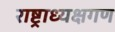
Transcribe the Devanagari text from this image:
राष्ट्राध्यक्षगण